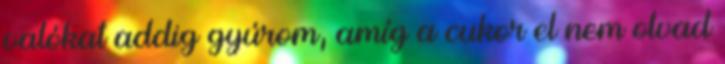
valókat addig gyúrom, amíg a cukor el nem olvad